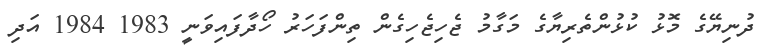
ދުނިޔޭގެ މޮޅު ކުޅުންތެރިޔާގެ މަގާމު ޖެހިޖެހިގެން ތިންފަހަރު ހޯދާފައިވަނީ 1983 1984 އަދި